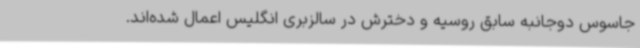
جاسوس دوجانبه سابق روسیه و دخترش در سالزبری انگلیس اعمال شده‌اند.